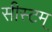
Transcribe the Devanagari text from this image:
सीस्टम्